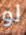
لو